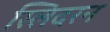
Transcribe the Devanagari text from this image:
स्लिदरन